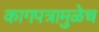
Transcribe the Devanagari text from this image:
कागपत्रामुळेच